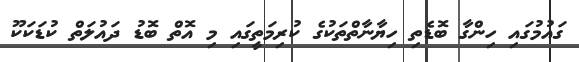
ގައުމުގައި ހިންގާ ބޮޑެތި ހިޔާނާތްތަކުގެ ކުރިމަތީގައި މި އޮތް ބޮޑު ދައުލަތް ކުޑަކަކޫ